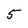
Character: 5